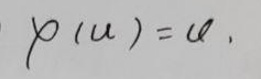
\[
\varphi(u)=u
\]